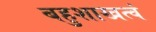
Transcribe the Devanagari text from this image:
बहुशाखत्वं